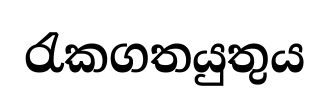
රැකගතයුතුය